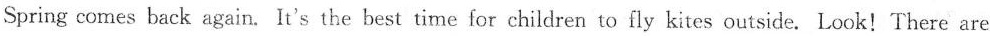
Spring comes back again. It's the best time for children to fly kites outside. Look!There are